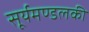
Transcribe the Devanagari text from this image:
सूर्यमण्डलकी